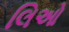
લિઓ